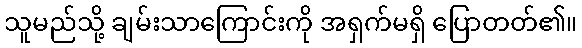
သူမည်သို့ ချမ်းသာကြောင်းကို အရှက်မရှိ ပြောတတ်၏။